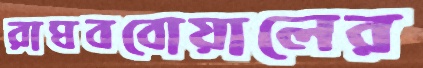
রাঘববোয়ালের